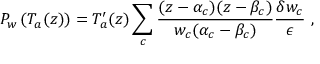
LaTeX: P _ { w } \left( T _ { a } ( z ) \right) = T _ { a } ^ { \prime } ( z ) \sum _ { c } \frac { ( z - \alpha _ { c } ) ( z - \beta _ { c } ) } { w _ { c } ( \alpha _ { c } - \beta _ { c } ) } \frac { \delta w _ { c } } { \epsilon } \ ,